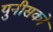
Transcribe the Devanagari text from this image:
युनीसको